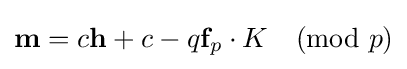
{\textbf {m}}=c{\textbf {h}}+c-q{\textbf {f}}_{p}\cdot K{\pmod {p}}